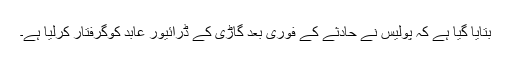
بتایا گیا ہے کہ پولیس نے حادثے کے فوری بعد گاڑی کے ڈرائیور عابد کوگرفتار کرلیا ہے۔